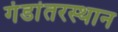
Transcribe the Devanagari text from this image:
गंडांतरस्थान